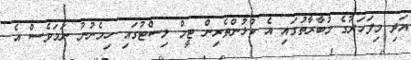
އަދި މިފަހަރުގެ މުބާރާތުގައި އެ ކުޅުންތެރިން ޓީމް ލިސްޓުގައި ހިމެނުނު ނަމަވެސް އެ